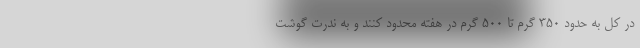
در کل به حدود ۳۵۰ گرم تا ۵۰۰ گرم در هفته محدود کنند و به ندرت گوشت